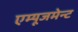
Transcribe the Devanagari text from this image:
एम्‍यूजमेन्‍ट